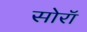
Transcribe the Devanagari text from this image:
सोरॉ